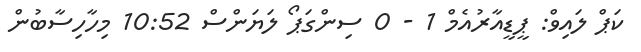
ކަޕް ލައިވް: ޕީޑީއާރުއެމް 1 - 0 ސިންގަޕޯ ލަޔަންސް 10:52 މިހާހިސާބުން